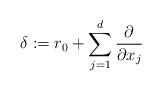
LaTeX: \begin{align*}\delta:= r_0+\sum_{j=1}^d \frac{\partial}{\partial x_j}\end{align*}